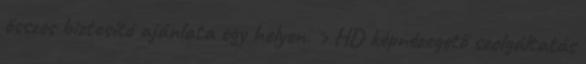
összes biztosító ajánlata egy helyen. › HD képnézegető szolgáltatás